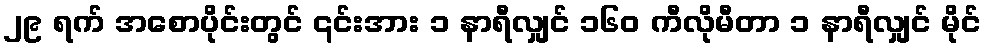
၂၉ ရက် အစောပိုင်းတွင် ၎င်းအား ၁ နာရီလျှင် ၁၆၀ ကီလိုမီတာ ၁ နာရီလျှင် မိုင်